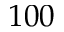
1 0 0